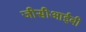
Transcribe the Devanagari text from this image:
जीसीआईबी